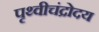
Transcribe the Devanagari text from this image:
पृथ्वीचंद्रोदय